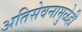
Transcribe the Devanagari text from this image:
अतिसेवनामुळेही